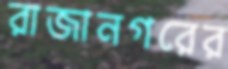
রাজানগরের